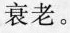
衰老。